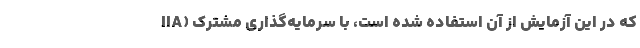
IIA) که در این آزمایش از آن استفاده شده است، با سرمایه‌گذاری مشترک